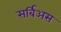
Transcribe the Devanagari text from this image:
सर्बिअस